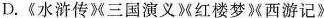
缺书名号D.《水浒传》三国演义%红楼梦西游记》